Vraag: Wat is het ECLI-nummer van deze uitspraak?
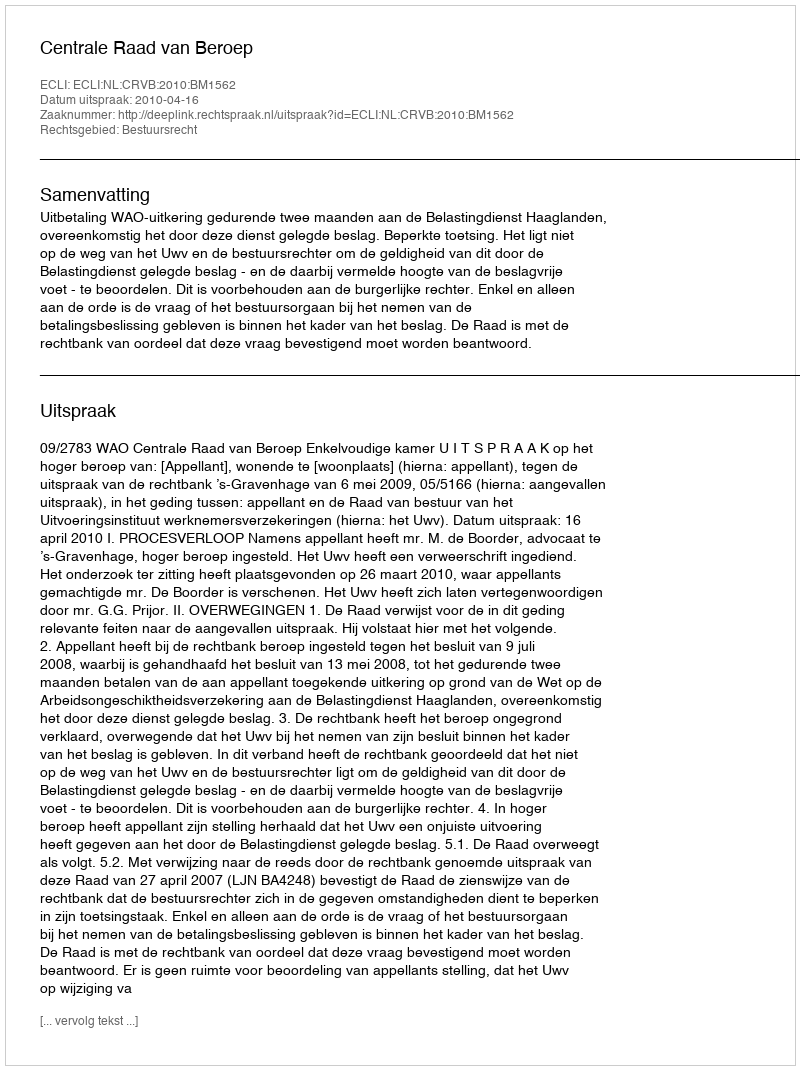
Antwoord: ECLI:NL:CRVB:2010:BM1562